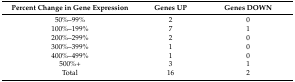
<table><thead><tr><td><b>Percent Change in Gene Expression</b></td><td><b>Genes UP</b></td><td><b>Genes DOWN</b></td></tr></thead><tbody><tr><td>50%–99%</td><td>2</td><td>0</td></tr><tr><td>100%–199%</td><td>7</td><td>1</td></tr><tr><td>200%–299%</td><td>2</td><td>0</td></tr><tr><td>300%–399%</td><td>1</td><td>0</td></tr><tr><td>400%–499%</td><td>1</td><td>0</td></tr><tr><td>500%+</td><td>3</td><td>1</td></tr><tr><td>Total</td><td>16</td><td>2</td></tr></tbody></table>